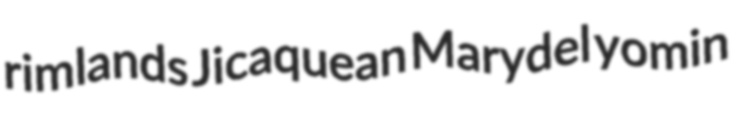
rimlands Jicaquean Marydel yomin